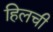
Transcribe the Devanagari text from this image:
हिलची